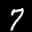
Label: 7